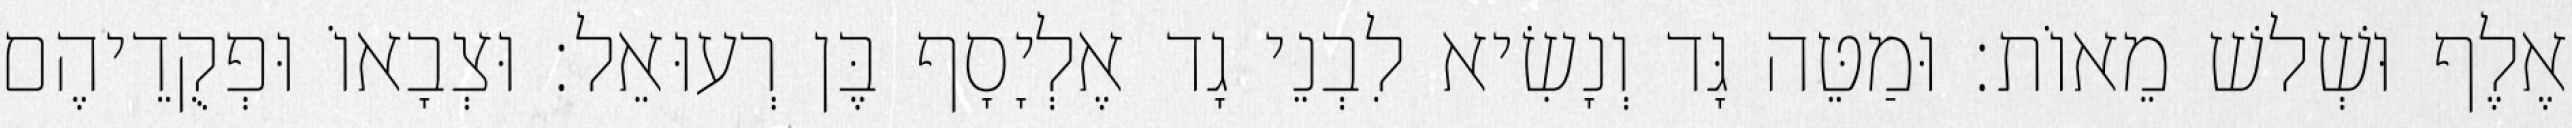
אֶלֶף וּשְׁלשׁ מֵאוֹת׃ וּמַטֵּה גָּד וְנָשִׂיא לִבְנֵי גָד אֶלְיָסָף בֶּן רְעוּאֵל׃ וּצְבָאוֹ וּפְקֻדֵיהֶם